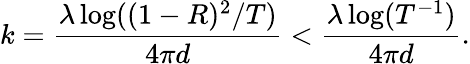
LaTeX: k=\frac{\lambda\log((1-R)^{2}/T)}{4\pi d}<\frac{\lambda\log(T^{-1})}{4\pi d}.